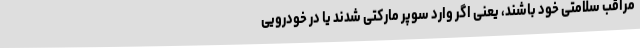
مراقب سلامتی خود باشند، یعنی اگر وارد سوپر مارکتی شدند یا در خودرویی